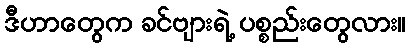
ဒီဟာတွေက ခင်ဗျားရဲ့ ပစ္စည်းတွေလား။